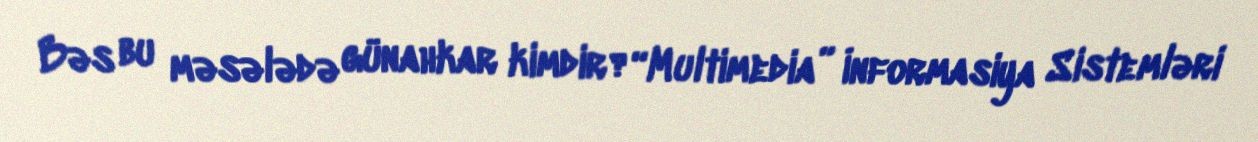
Bəs bu məsələdə günahkar kimdir?“Multimedia” İnformasiya Sistemləri